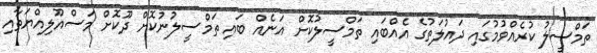
ތަމްސީލު ކުރެއްވުމުގައި ދައުލަތުގެ އެއްބައި ތަމްސީލުކޮށް އަނެއް ބައި ތަމްސީލުނުކޮށް ދޫކޮށް މަސްއޫލިއްޔަތާއި